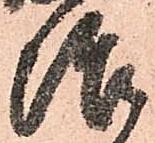
治